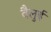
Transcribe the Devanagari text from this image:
वैलुई